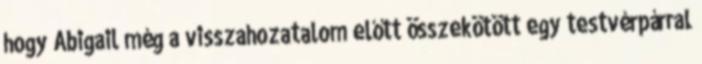
hogy Abigail még a visszahozatalom előtt összekötött egy testvérpárral